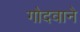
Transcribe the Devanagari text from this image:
गोदवाने